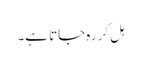
ہل کر رہ جاتا ہے۔